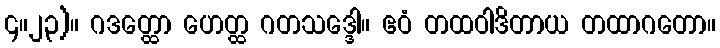
၄။၂၃)။ ဂဒတ္ထော ဟေတ္ထ ဂတသဒ္ဒေါ။ ဧဝံ တထဝါဒိတာယ တထာဂတော။